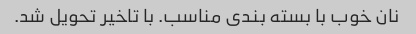
نان خوب با بسته بندی مناسب. با تاخیر تحویل شد.